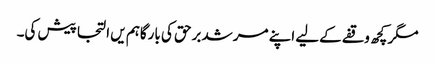
مگر کچھ وقفے کےلیے اپنے مرشد برحق کی بارگاہم یں التجا پیش کی۔